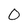
Character: 0